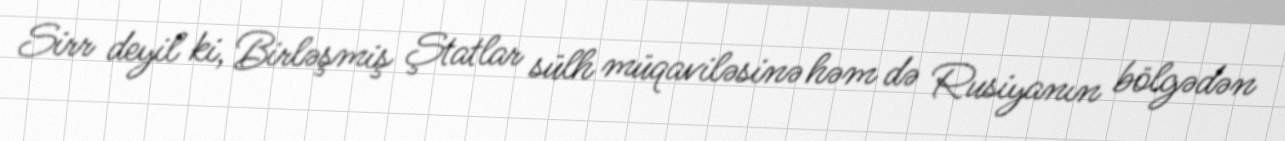
Sirr deyil ki, Birləşmiş Ştatlar sülh müqaviləsinə həm də Rusiyanın bölgədən